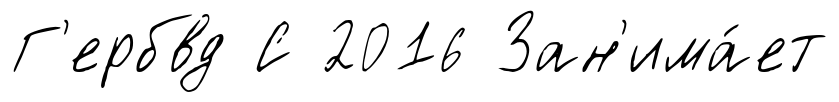
Г'ербвд С 2016 Зан'има́ет